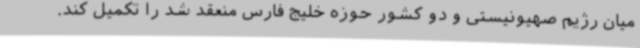
میان رژیم صهیونیستی و دو کشور حوزه خلیج فارس منعقد شد را تکمیل کند.